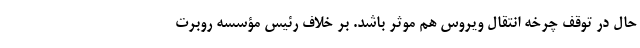
حال در توقف چرخه انتقال ویروس هم موثر باشد. بر خلاف رئیس مؤسسه روبرت